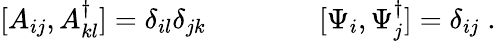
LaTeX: [A_{ij},A_{kl}^{\dagger}]=\delta_{il}\delta_{jk}\qquad\qquad[\Psi_{i},\Psi_{j}^{\dagger}]=\delta_{ij}\; .